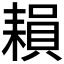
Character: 𦔐